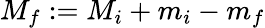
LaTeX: M_{f}:=M_{i}+m_{i}-m_{f}